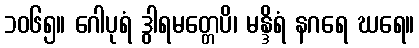
၁၀၆၅။ ဂေါပုရံ ဒွါရမတ္တေပိ၊ မန္ဒိရံ နဂရေ ဃရေ။